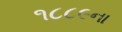
૧૮૮૯ના